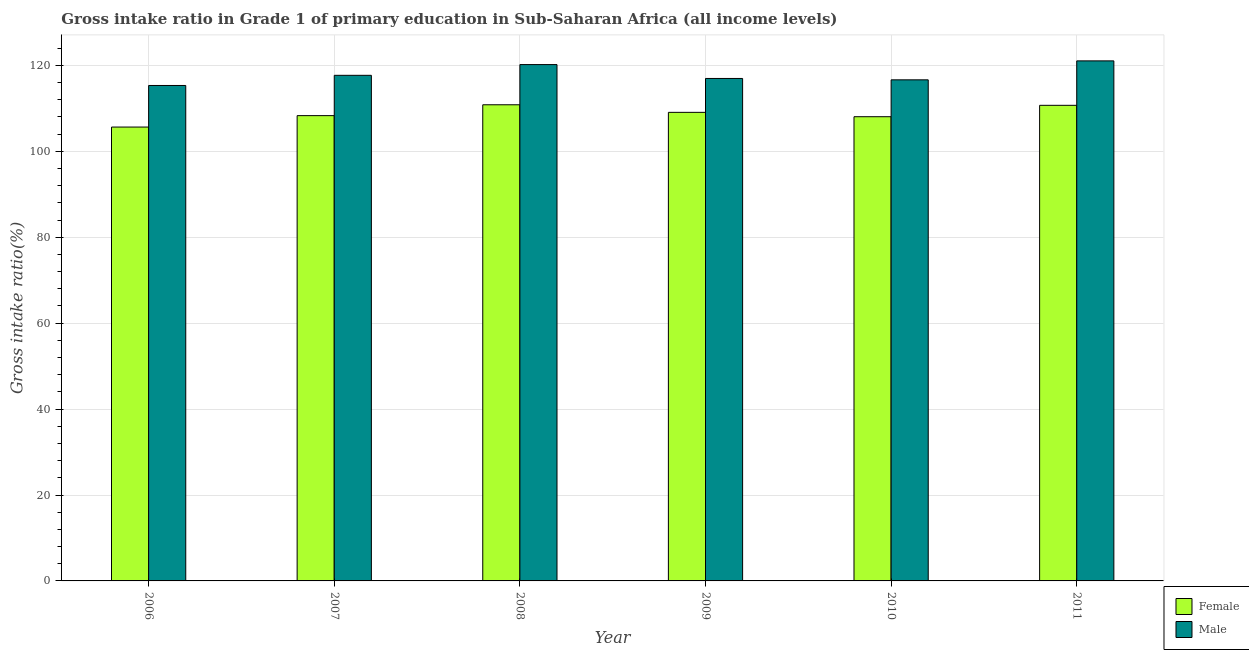
| Year | Female | Male |
 | --- | --- | --- |
 | 2006 | 106 | 115 |
 | 2007 | 108 | 118 |
 | 2008 | 111 | 120 |
 | 2009 | 109 | 117 |
 | 2010 | 108 | 117 |
 | 2011 | 111 | 121 |